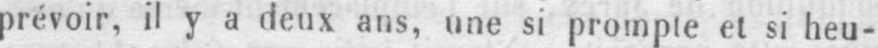
prévoir, il y a deux ans, une si prompte et si heu-